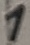
Text: 1